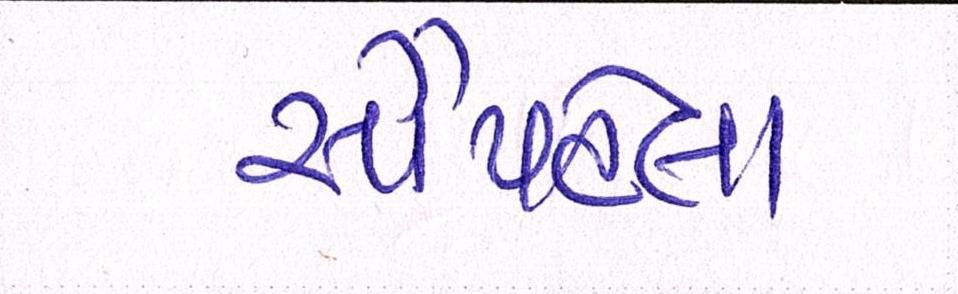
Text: સૌપહેલા